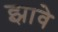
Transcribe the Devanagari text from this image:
झावे